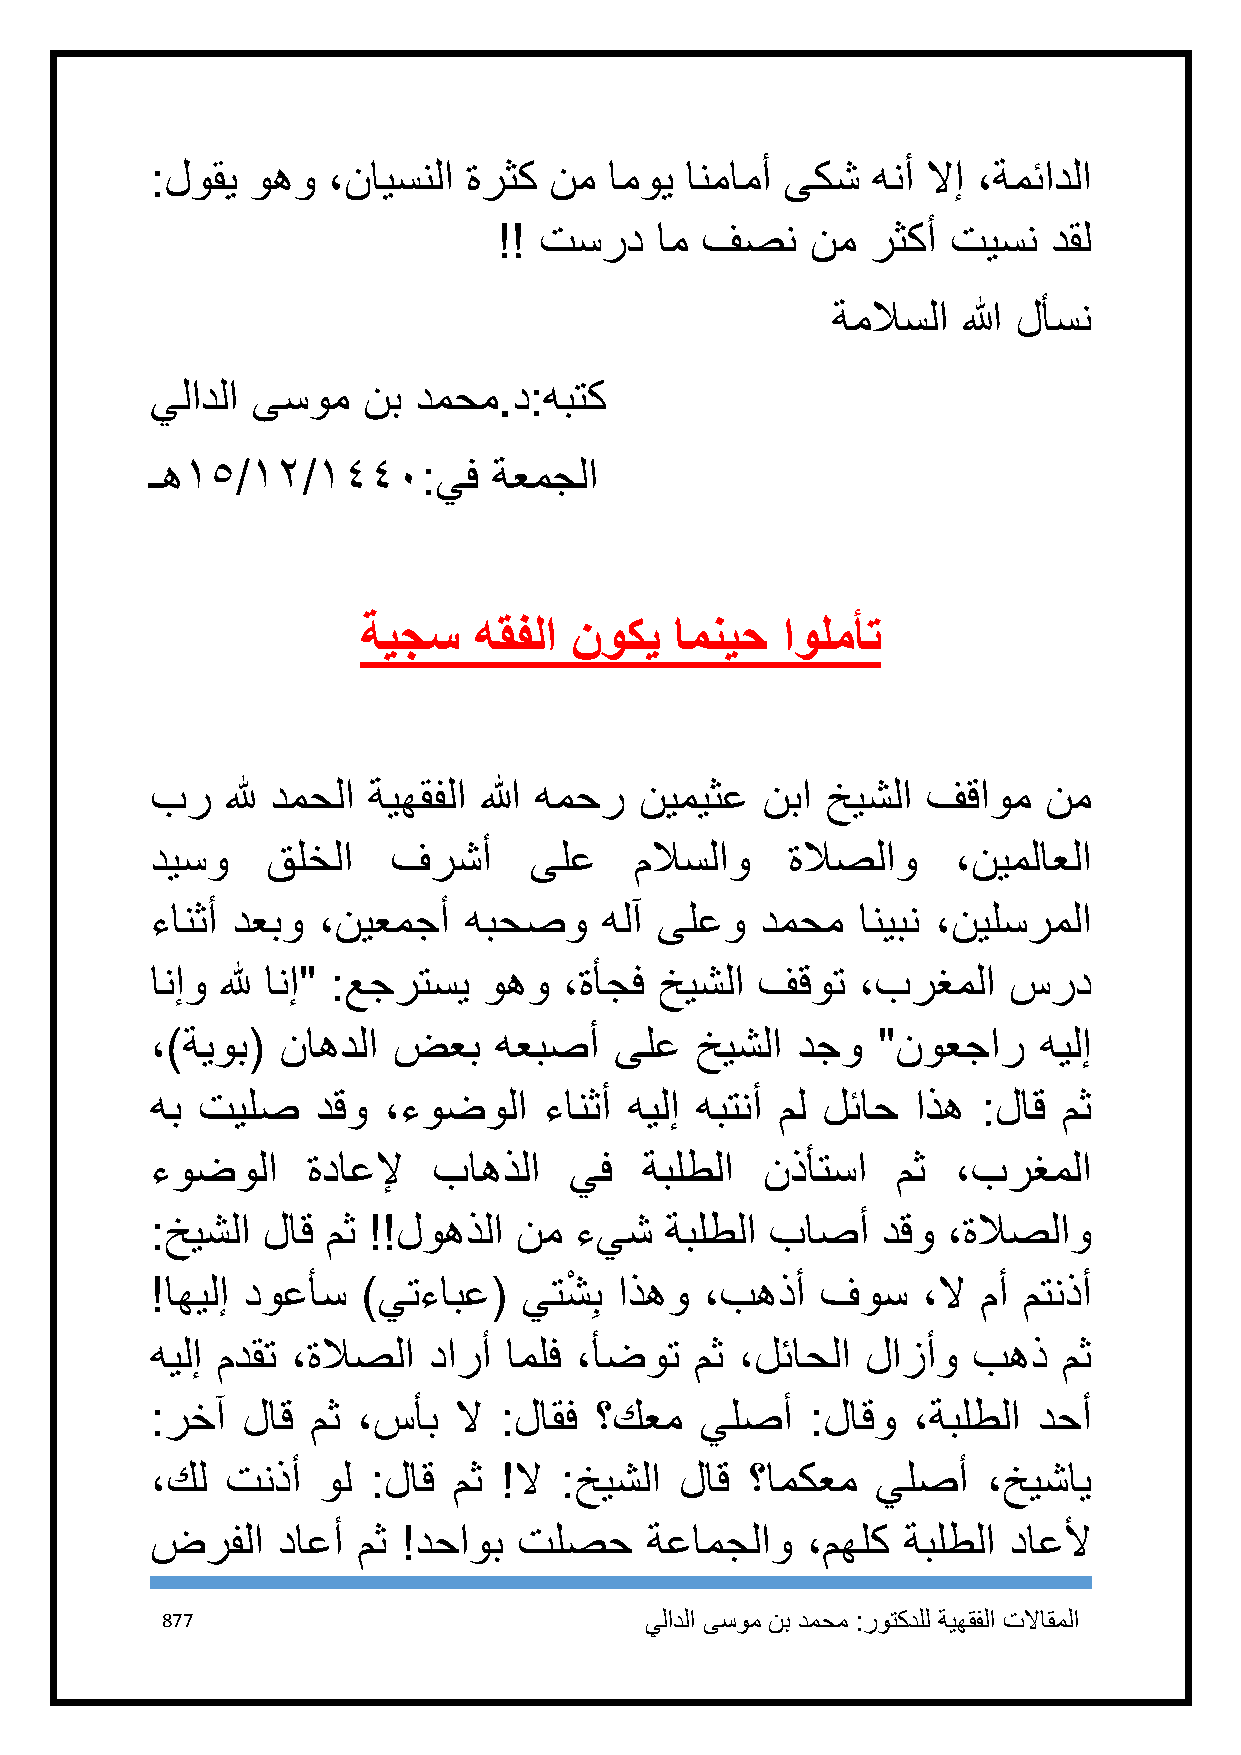
:لوقي  وهو  ،نايسنلا ةرثك نم  اموي انمامأ ىكش   هنأ لاإ ،ةمئادلا
 !! تسرد   ام فصن     نم  رثكأ تيسن   دقل
 ةملاسلا  الله لأسن
 يلادلا ىسوم   نب دمحم.د:هبتك
 ـه٠٥/٠٢/٠٤٤١:يف        ةعمجلا
 ةيجس   هقفلا  نوكي   امنيح  اولمأت
 بر   لله دمحلا ةيهقفلا الله همحر نيميثع نبا  خيشلا فقاوم   نم
 ديسو    قلخلا   فرشأ     ىلع    ملاسلاو   ةلاصلاو    ،نيملاعلا
 ءانثأ دعبو ،نيعمجأ   هبحصو    هلآ ىلعو  دمحم   انيبن ،نيلسرملا
 انإو لله انإ" :عجرتسي وهو  ،ةأجف  خيشلا فقوت   ،برغملا   سرد
 ،)ةيوب(  ناهدلا ضعب    هعبصأ   ىلع  خيشلا  دجو  "نوعجار    هيلإ
 هب تيلص    دقو ،ءوضولا    ءانثأ هيلإ هبتنأ مل لئاح اذه :لاق مث
 ءوضولا    ةداعلإ   باهذلا   يف  ةبلطلا  نذأتسا   مث  ،برغملا
 :خيشلا لاق  مث !!لوهذلا نم  ءيش   ةبلطلا باصأ   دقو  ،ةلاصلاو
 !اهيلإ دوعأس  )يتءابع(   يتشْ ِب اذهو ،بهذأ فوس    ،لا مأ متنذأ
 هيلإ مدقت ،ةلاصلا دارأ املف ،أضوت   مث ،لئاحلا لازأو  بهذ   مث
 :رخآ  لاق  مث ،سأب  لا :لاقف ؟كعم   يلصأ    :لاقو ،ةبلطلا  دحأ
 ،كل  تنذأ  ول :لاق  مث !لا :خيشلا  لاق  ؟امكعم  يلصأ   ،خيشاي
 ضرفلا   داعأ  مث !دحاوب تلصح     ةعامجلاو  ،مهلك  ةبلطلا داعلأ
 877                             يلادلا ىسوم نب دمحم :روتكدلل ةيهقفلا تلااقملا